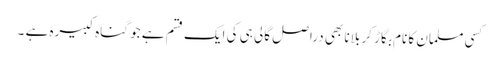
کسی مسلمان کا نام بگاڑ کر بلانا بھی دراصل گالی ہی کی ایک قسم ہے جو گناہ کبیرہ ہے ۔